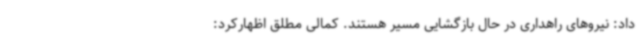
داد: نیروهای راهداری در حال بازگشایی مسیر هستند. کمالی مطلق اظهارکرد: